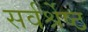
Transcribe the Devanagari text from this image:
सर्वर्श्रेष्ठ